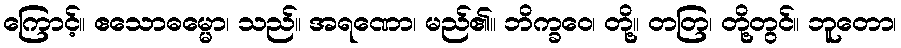
ကြောင့်။ ဧသောဓမ္မော၊ သည်။ အရဏော၊ မည်၏။ ဘိက္ခဝေ၊ တို့။ တတြ၊ တို့တွင်။ ဘူတော၊